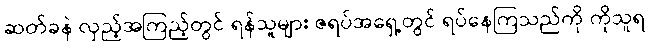
ဆတ်ခနဲ လှည့်အကြည့်တွင် ရန်သူများ ဇရပ်အရှေ့တွင် ရပ်နေကြသည်ကို ကိုသူရ